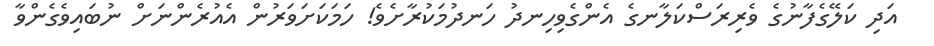
އަދި ކަލޭގެފާނުގެ ވެރިރަސްކަލާނގެ އެންގެވިހިނދު ހަނދުމަކުރާށެވެ! ހަމަކަށަވަރުން އެއުރެންނަށް ނުބައިވެގެންވާ